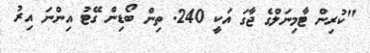
"ކުރިން ޓާމިނަލްގެ ޖާގަ އަކީ 240. ތިން ބޯޑިން ގޭޓު އިންނަ އިރު